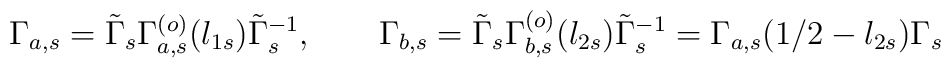
\Gamma_{ a,s}=\tilde\Gamma_s\Gamma_{ a ,s}^{(o)}(l_{1s})     \tilde\Gamma_s^{-1},    \qquad    \Gamma_{b ,s}=\tilde\Gamma_s\Gamma_{b ,s}^{(o)}(l_{2s})    \tilde\Gamma_s^{-1}=    \Gamma_{ a,s}({1/2}-l_{2s})\Gamma_s\qquad